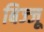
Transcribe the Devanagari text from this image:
बिज्‍जू